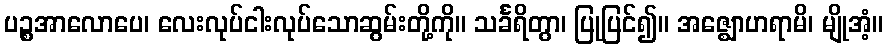
ပဉ္စအာလောပေ၊ လေးလုပ်ငါးလုပ်သောဆွမ်းတို့ကို။ သင်္ခရိတွာ၊ ပြုပြင်၍။ အဇ္ဈောဟရာမိ၊ မျိုအံ့။